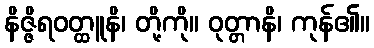
နိဇ္ဇိရဝတ္ထူနိ၊ တို့ကို။ ဝုတ္တာနိ၊ ကုန်၏။